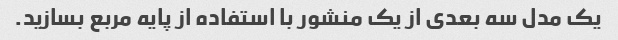
یک مدل سه بعدی از یک منشور با استفاده از پایه مربع بسازید.